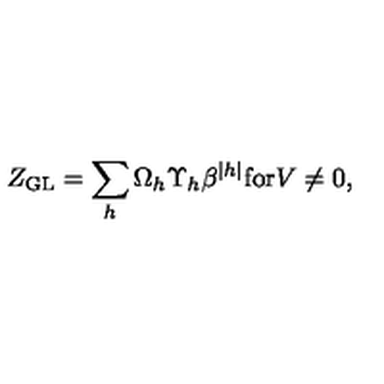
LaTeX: Z _ { \mathrm { G L } } = \sum _ { h } \Omega _ { h } \Upsilon _ { h } \beta ^ { | h | } \mathrm { f o r } V \neq 0 ,